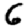
Digit: 6